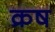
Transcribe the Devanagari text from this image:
क्रष